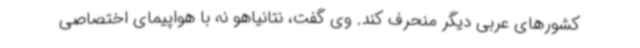
کشورهای عربی دیگر منحرف کند. وی گفت، نتانیاهو نه با هواپیمای اختصاصی